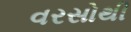
વરસોથી